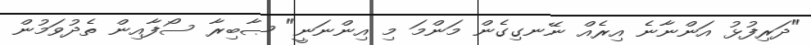
"ދަރިފުޅު އަންނާނެ އިރެއް ނޭނގިގެން މަންމަ މި އިންނަނީ" ޞާބިރާ ސޯފާއިން ތެދުވަމުން